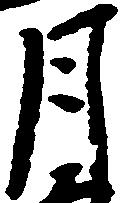
月